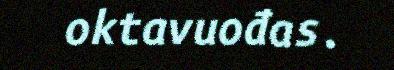
oktavuođas.